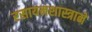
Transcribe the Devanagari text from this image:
रसायनशास्त्राने